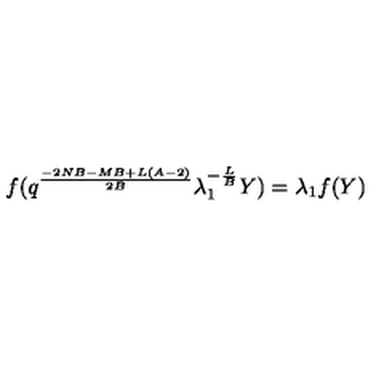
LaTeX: f ( q ^ { \frac { - 2 N B - M B + L ( A - 2 ) } { 2 B } } \lambda _ { 1 } ^ { - \frac { L } { B } } Y ) = \lambda _ { 1 } f ( Y )